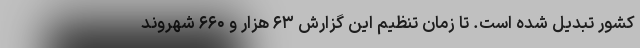
کشور تبدیل شده است. تا زمان تنظیم این گزارش ۶۳ هزار و ۶۶۰ شهروند